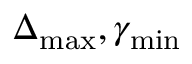
\Delta _ { \mathrm { m a x } } , \gamma _ { \mathrm { m i n } }